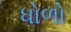
ધોળો